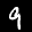
Label: 9